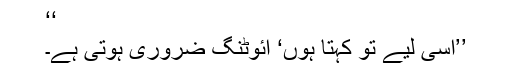
‘‘
’’اسی لیے تو کہتا ہوں‘ آئوٹنگ ضروری ہوتی ہے۔